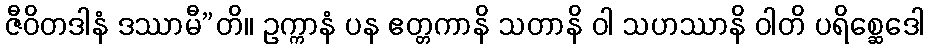
ဇီဝိတဒါနံ ဒဿာမီ”တိ။ ဥက္ကာနံ ပန ဧတ္တကာနိ သတာနိ ဝါ သဟဿာနိ ဝါတိ ပရိစ္ဆေဒေါ